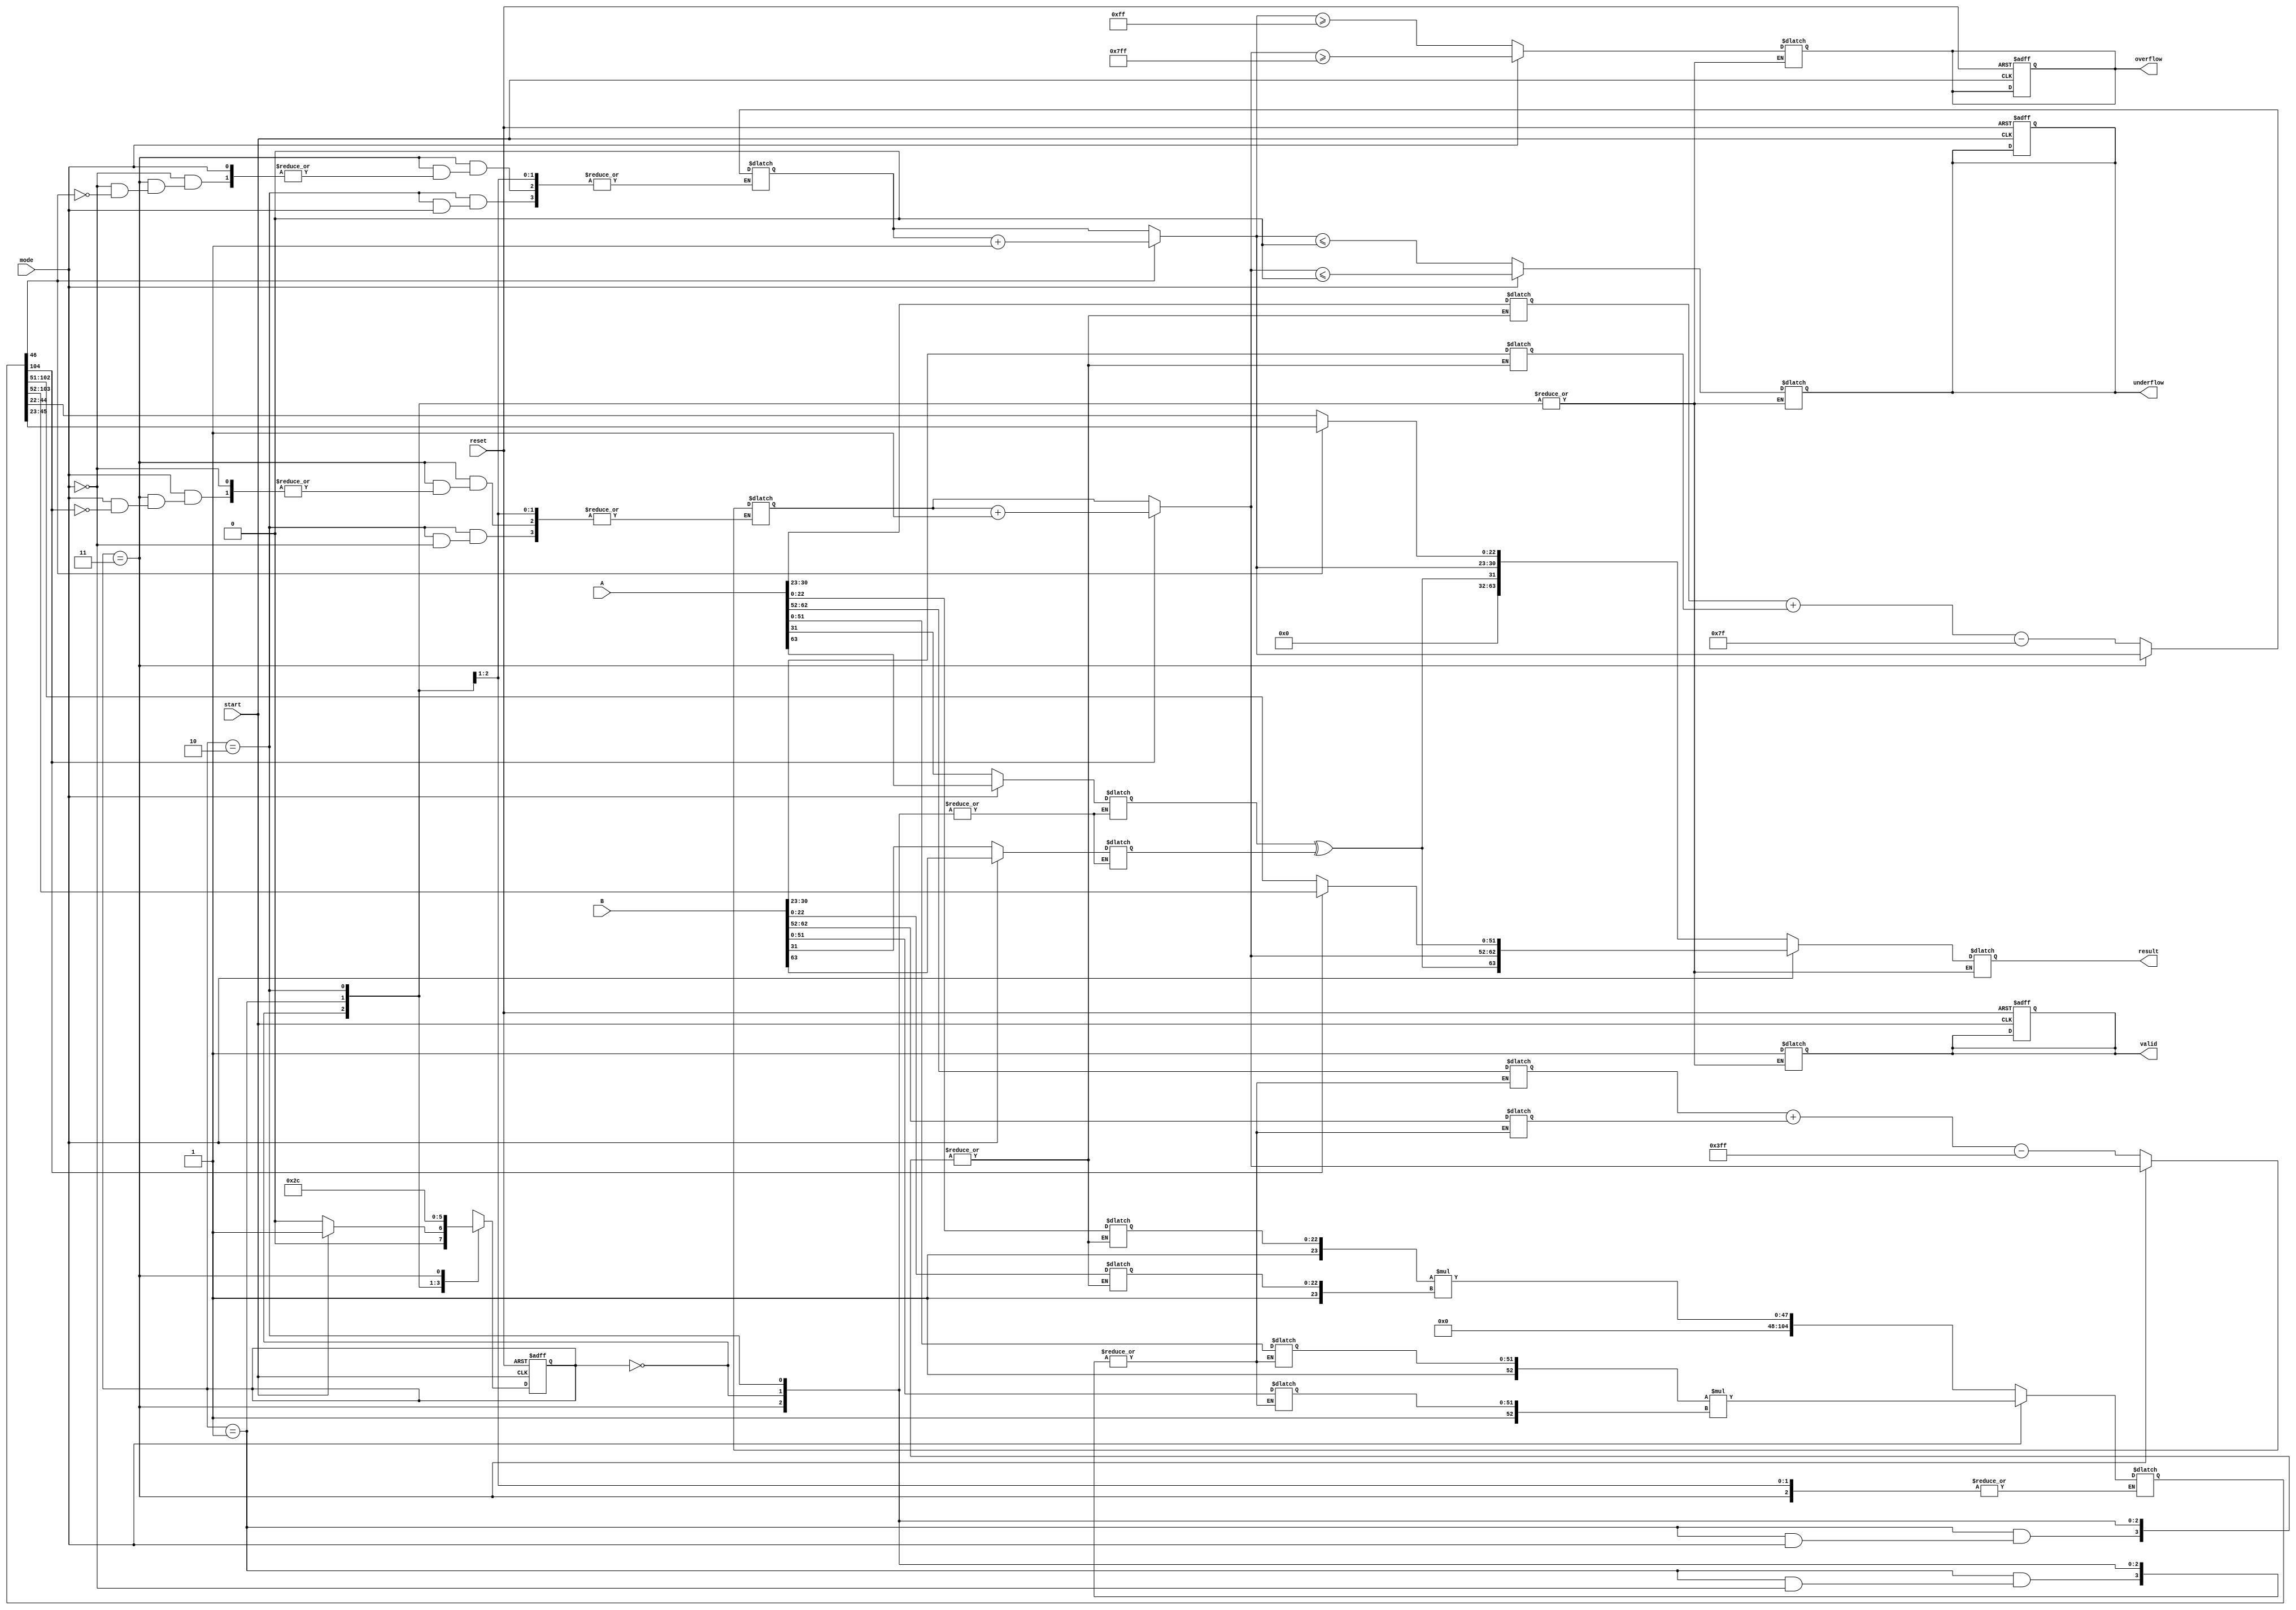
module floating_point_multiplier (
    input wire [63:0] A,          // Input A (64 bits for double precision)
    input wire [63:0] B,          // Input B (64 bits for double precision)
    input wire start,             // Start signal
    input wire reset,             // Reset signal
    input wire mode,              // Mode: 0 for single precision, 1 for double precision
    output reg [63:0] result,     // Result (64 bits for double precision)
    output reg valid,             // Output valid signal
    output reg overflow,          // Overflow flag
    output reg underflow          // Underflow flag
);

    // Parameters for single and double precision
    localparam SINGLE_PRECISION = 0;
    localparam DOUBLE_PRECISION = 1;

    // IEEE 754 parameters
    localparam SINGLE_EXP_BITS = 8;
    localparam SINGLE_MANT_BITS = 23;
    localparam SINGLE_BIAS = 127;

    localparam DOUBLE_EXP_BITS = 11;
    localparam DOUBLE_MANT_BITS = 52;
    localparam DOUBLE_BIAS = 1023;

    // Internal signals
    reg [1:0] state;
    reg [1:0] next_state;

    // Decomposed parts
    reg sign_a, sign_b, sign_result;
    reg [SINGLE_EXP_BITS-1:0] exp_a, exp_b, exp_result;
    reg [SINGLE_MANT_BITS-1:0] mant_a, mant_b, mant_result;

    // For double precision
    reg [DOUBLE_EXP_BITS-1:0] exp_a_d, exp_b_d, exp_result_d;
    reg [DOUBLE_MANT_BITS-1:0] mant_a_d, mant_b_d, mant_result_d;

    // Mantissa multiplication result
    reg [2*DOUBLE_MANT_BITS:0] mant_mult_result;

    // State machine for control
    always @(posedge start or posedge reset) begin
        if (reset) begin
            state <= 0;
            valid <= 0;
            overflow <= 0;
            underflow <= 0;
        end else begin
            state <= next_state;
        end
    end

    // State machine logic
    always @(*) begin
        case (state)
            0: begin // Idle state
                if (start) begin
                    next_state = 1; // Move to decomposition
                end else begin
                    next_state = 0;
                end
            end
            1: begin // Decomposition
                if (mode == SINGLE_PRECISION) begin
                    sign_a = A[31];
                    exp_a = A[30:23];
                    mant_a = A[22:0];
                    sign_b = B[31];
                    exp_b = B[30:23];
                    mant_b = B[22:0];
                end else begin
                    sign_a = A[63];
                    exp_a_d = A[62:52];
                    mant_a_d = A[51:0];
                    sign_b = B[63];
                    exp_b_d = B[62:52];
                    mant_b_d = B[51:0];
                end
                next_state = 2; // Move to multiplication
            end
            2: begin // Multiplication
                if (mode == SINGLE_PRECISION) begin
                    mant_mult_result = {1'b1, mant_a} * {1'b1, mant_b}; // Implicit leading 1
                    exp_result = exp_a + exp_b - SINGLE_BIAS; // Exponent calculation
                end else begin
                    mant_mult_result = {1'b1, mant_a_d} * {1'b1, mant_b_d}; // Implicit leading 1
                    exp_result_d = exp_a_d + exp_b_d - DOUBLE_BIAS; // Exponent calculation
                end
                next_state = 3; // Move to normalization
            end
            3: begin // Normalization
                if (mode == SINGLE_PRECISION) begin
                    // Normalize mantissa and adjust exponent
                    if (mant_mult_result[2*SINGLE_MANT_BITS]) begin
                        mant_result = mant_mult_result[2*SINGLE_MANT_BITS-1:SINGLE_MANT_BITS];
                        exp_result = exp_result + 1;
                    end else begin
                        mant_result = mant_mult_result[2*SINGLE_MANT_BITS-2:SINGLE_MANT_BITS-1];
                    end
                    // Check for overflow/underflow
                    overflow = (exp_result >= 255);
                    underflow = (exp_result <= 0);
                    sign_result = sign_a ^ sign_b;
                    result = {sign_result, exp_result[7:0], mant_result[22:0]};
                end else begin
                    // Normalize mantissa and adjust exponent
                    if (mant_mult_result[2*DOUBLE_MANT_BITS]) begin
                        mant_result_d = mant_mult_result[2*DOUBLE_MANT_BITS-1:DOUBLE_MANT_BITS];
                        exp_result_d = exp_result_d + 1;
                    end else begin
                        mant_result_d = mant_mult_result[2*DOUBLE_MANT_BITS-2:DOUBLE_MANT_BITS-1];
                    end
                    // Check for overflow/underflow
                    overflow = (exp_result_d >= 2047);
                    underflow = (exp_result_d <= 0);
                    sign_result = sign_a ^ sign_b;
                    result = {sign_result, exp_result_d[10:0], mant_result_d[51:0]};
                end
                valid = 1; // Output is valid
                next_state = 0; // Go back to idle
            end
            default: next_state = 0; // Default to idle
        endcase
    end

endmodule